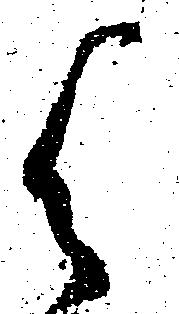
被